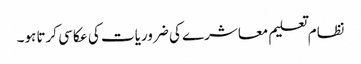
نظام تعلیم معاشرے کی ضروریات کی عکاسی کرتا ہو۔